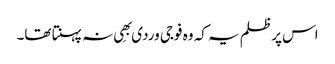
اس پر ظلم یہ کہ وہ فوجی وردی بھِی نہ پہنتا تھا۔